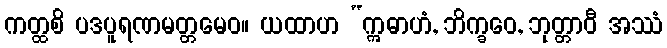
ကတ္ထစိ ပဒပူရဏမတ္တမေဝ။ ယထာဟ “ဣဓာဟံ, ဘိက္ခဝေ, ဘုတ္တာဝီ အဿံ